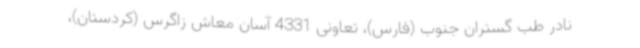
نادر طب گستران جنوب (فارس)، تعاونی 4331 آسان معاش زاگرس (کردستان)،